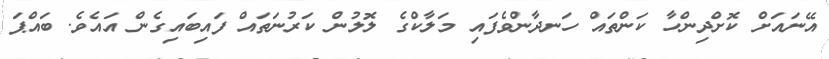
އޭނައަށް ކޮށްދިންހާ ކަންތައް ހަނދާންވެފައި މަލާކްގެ ލޮލުން ކަރުނަތައް ފައިބައިގެން އައެވެ. ބައްޕަ